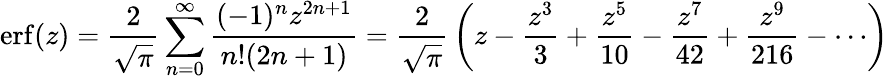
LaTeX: \operatorname{erf}(z)={\frac{2}{\sqrt{\pi}}}\sum_{n=0}^{\infty}{\frac{(-1)^{n}z^{2n+1}}{n!(2n+1)}}={\frac{2}{\sqrt{\pi}}}\left(z-{\frac{z^{3}}{3}}+{\frac{z^{5}}{10}}-{\frac{z^{7}}{42}}+{\frac{z^{9}}{216}}-\cdots\right)